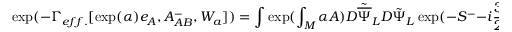
\exp ( - \Gamma _ { e f f . } [ \exp ( { \alpha } ) e _ { A } , A _ { A B } ^ { - } , W _ { a } ] ) = \int \exp ( \int _ { M } \alpha A ) D { \tilde { \overline { { \Psi } } } } _ { L } D { \tilde { \Psi } } _ { L } \exp ( - S ^ { - } - i \frac { 3 } { 2 } \int _ { M } \alpha \partial _ { \mu } J ^ { \mu } ) .